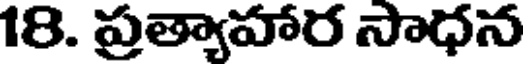
18. ప్రత్యాహార సాధన